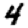
Digit: 4